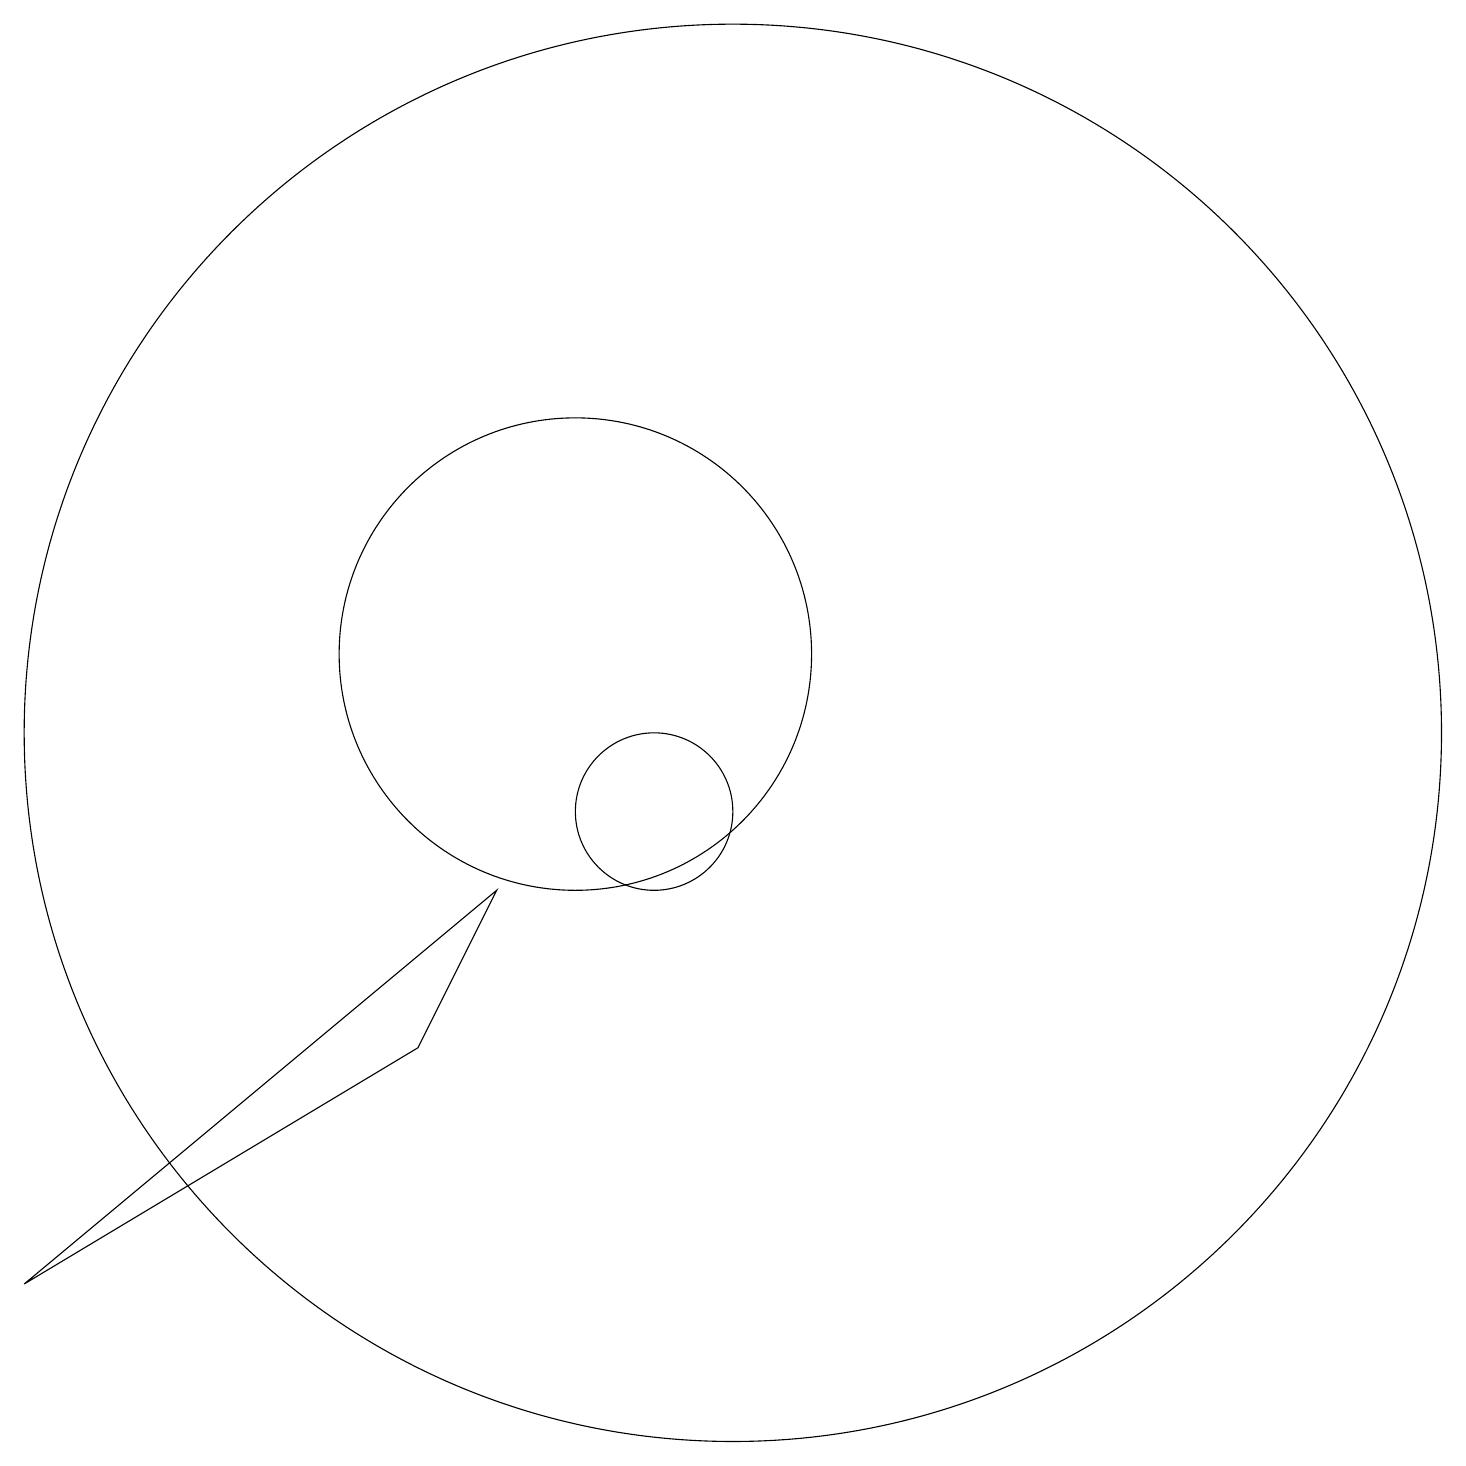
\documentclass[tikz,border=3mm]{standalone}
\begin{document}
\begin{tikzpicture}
\draw (3,4) -- (9,9) -- (8,7) -- cycle;
\draw (11,10) circle (1);
\draw (10,12) circle (3);
\draw (12,11) circle (9);
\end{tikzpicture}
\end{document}